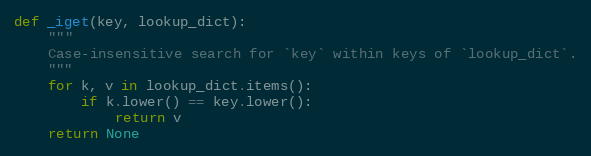
Language: Python
def _iget(key, lookup_dict):
    """
    Case-insensitive search for `key` within keys of `lookup_dict`.
    """
    for k, v in lookup_dict.items():
        if k.lower() == key.lower():
            return v
    return None